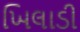
ખિલાડી